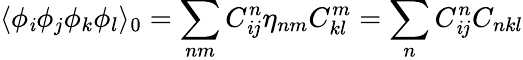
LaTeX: \langle\phi_{\mathit{i}}\phi_{j}\phi_{k}\phi_{l}\rangle_{0}=\sum_{nm}C_{\mathit{i}j}^{n}\eta_{nm}C_{kl}^{m}=\sum_{n}C_{\mathit{i}j}^{n}C_{nkl}